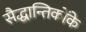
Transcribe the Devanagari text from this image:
सैद्धान्तिकोंके